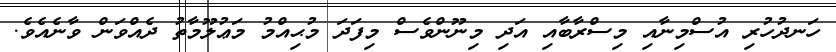
ހަނދުހުރި އުސްމިނާއި މިސްރާބާއި އަދި މިނޫންވެސް މިފަދަ މުޙިއްމު މަޢުލޫމާތު ދެއްވަން ވާނެއެވެ.